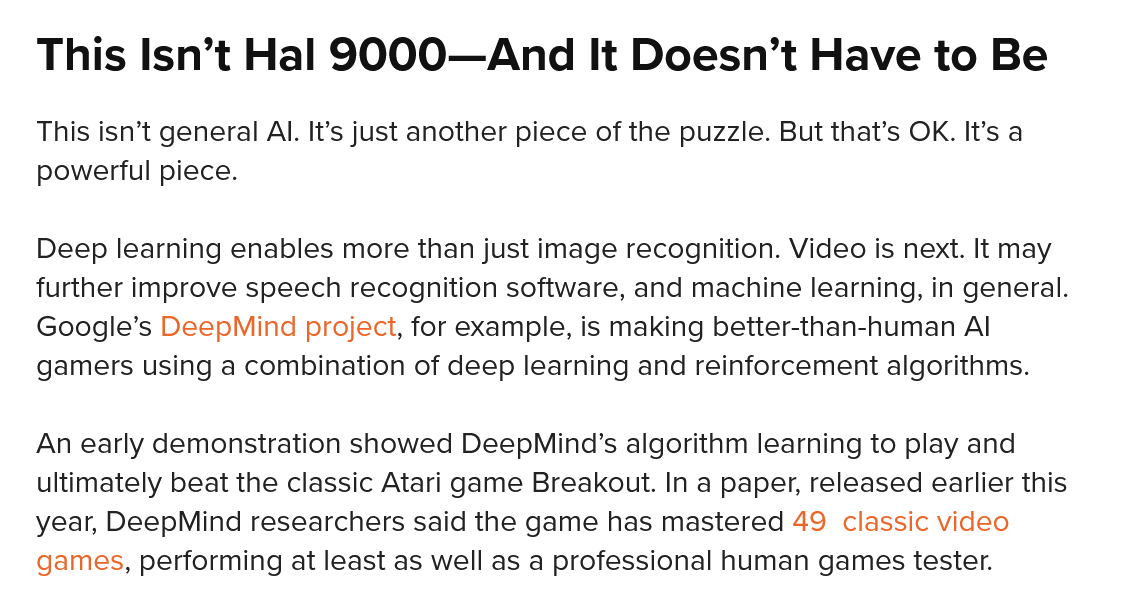
This   Isn’t  Hal   9000O—And    It    Doesn’t    Have    to  Be
   This isn’t general Al. It’s just another piece of the puzzle. But that’s OK. It’s a
   powerful piece.
   Deep learning enables more than just image recognition. Video is next. It may
   further improve speech recognition software, and machine learning, in general.
   Google’s DeepMind project, for example, is making better-than-human Al
   gamers using a combination of deep learning and reinforcement algorithms.
   An early demonstration showed DeepMind’s algorithm learning to play and
   ultimately beat the classic Atari game Breakout. In a paper, released earlier this
   year, DeepMind researchers said the game has mastered 49 classic video
   games, performing at least as well as a professional human games tester.